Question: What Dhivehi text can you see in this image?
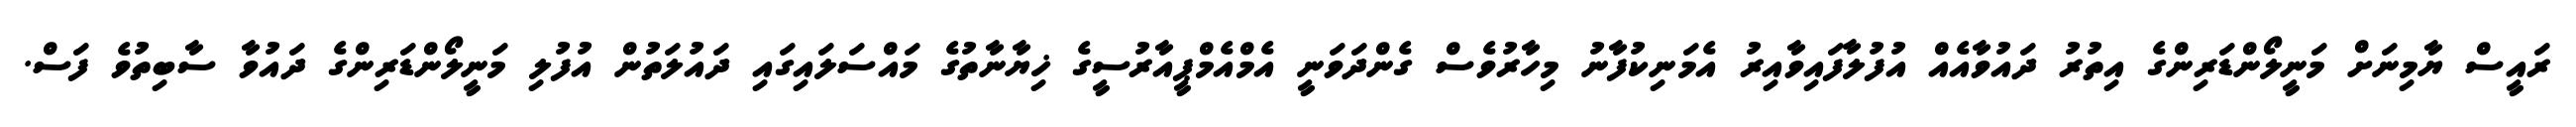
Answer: ރައީސް ޔާމިނަށް މަނީލޯންޑަރިންގެ އިތުރު ދައުވާއެއް އުފުލާފައިވާއިރު އެމަނިކުފާނު މިހާރުވެސް ގެންދަވަނީ އެމްއެމްޕީއާރުސީގެ ޚިޔާނާތުގެ މައްސަލައިގައި ދައުލަތުން އުފުލި މަނީލޯންޑަރިންގެ ދައުވާ ސާބިތުވެ ފަސް.